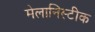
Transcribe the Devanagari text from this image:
मेलानिस्टीक